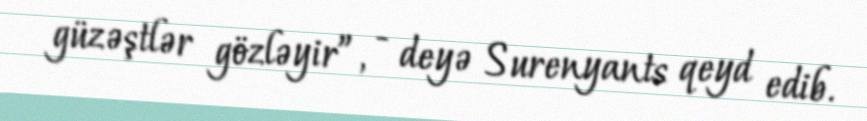
güzəştlər gözləyir”, - deyə Surenyants qeyd edib.